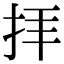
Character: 拝